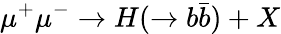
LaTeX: \mu^{+}\mu^{-}\to H(\to b\bar{b})+X